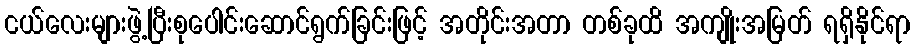
ငယ်လေးများဖွဲ့ပြီးစုပေါင်းဆောင်ရွက်ခြင်းဖြင့် အတိုင်းအတာ တစ်ခုထိ အကျိုးအမြတ် ရရှိနိုင်ရာ